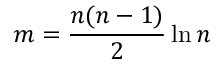
m = { \frac { n ( n - 1 ) } { 2 } } \ln n